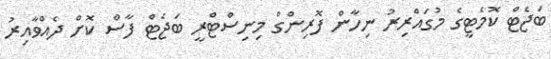
ބަޖެޓް ކޮމެޓީގެ މުގައްރިރު ނިހާން ފޮރިންގް މިނިސްޓްރީ ބަޖެޓް ފާސް ކޮށް ދެއްވާއިރު